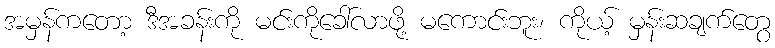
အမှန်ကတော့ ဒီအခန်းကို မင်းကိုခေါ်လာဖို့ မကောင်းဘူး၊ ကိုယ့် မှန်းဆချက်တွေ